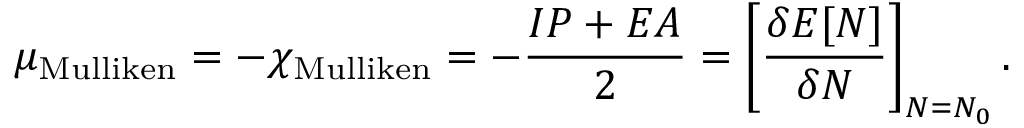
\mu _ { \mathrm { M u l l i k e n } } = - \chi _ { \mathrm { M u l l i k e n } } = - { \frac { I P + E A } { 2 } } = \left[ { \frac { \delta E [ N ] } { \delta N } } \right] _ { N = N _ { 0 } } .